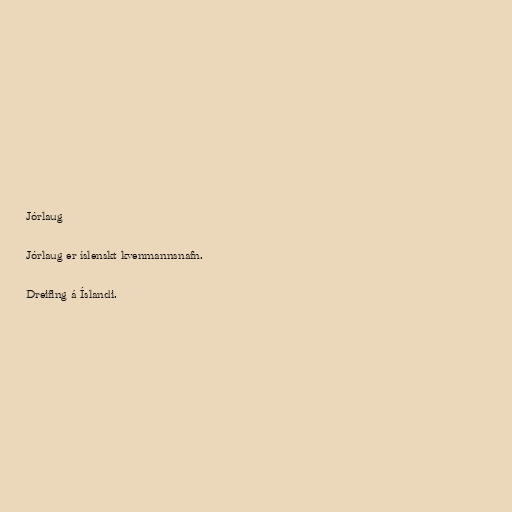
Jórlaug

Jórlaug er íslenskt kvenmannsnafn.

Dreifing á Íslandi.